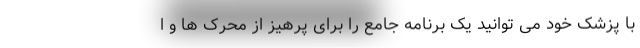
با پزشک خود می توانید یک برنامه جامع را برای پرهیز از محرک ها و ا